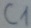
Text: C1